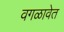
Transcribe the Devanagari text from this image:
वगळावेत